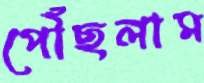
পৌঁছলাম